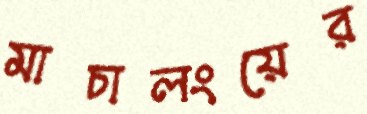
মাচালংয়ের